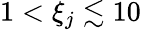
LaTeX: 1<\xi_{j}\lesssim 10